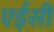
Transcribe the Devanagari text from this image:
एईसी